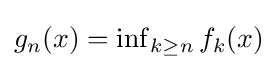
\textstyle g_{n}(x)=\inf _{k\geq n}f_{k}(x)